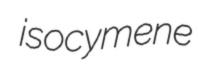
isocymene